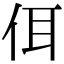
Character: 佴